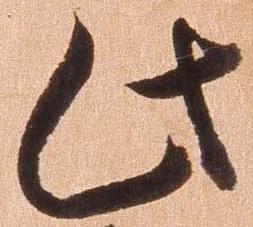
此